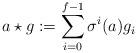
LaTeX: \begin{align*} a\star g:=\sum_{i=0}^{f-1} \sigma^{i}(a) g_i \end{align*}